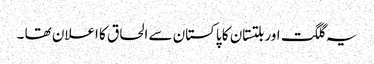
یہ گلگت اور بلتستان کا پاکستان سے الحاق کا اعلان تھا ۔